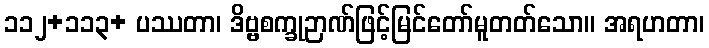
၁၁၂+၁၁၃+ ပဿတာ၊ ဒိဗ္ဗစက္ခုဉာဏ်ဖြင့်မြင်တော်မူတတ်သော။ အရဟတာ၊